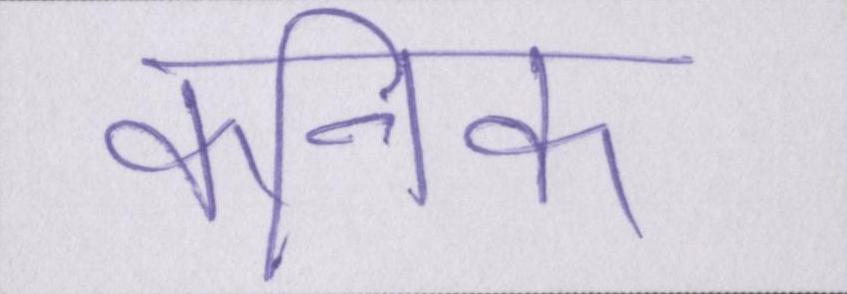
कनिष्क